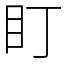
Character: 盯